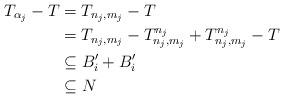
LaTeX: \begin{align*}T_{\alpha_j}-T &=T_{n_j ,m_j} -T \\&=T_{n_j ,m_j} - T_{n_j ,m_j}^{n_j}+T_{n_j ,m_j}^{n_j} -T \\&\subseteq B_i'+B_i' \\&\subseteq N\end{align*}